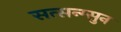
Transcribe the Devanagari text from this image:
सत्सन्ग्सुन